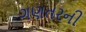
ગણતરની